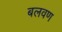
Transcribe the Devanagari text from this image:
बलवण